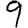
Digit: 9